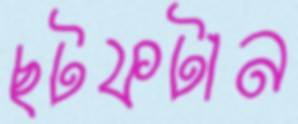
ছটফটান